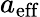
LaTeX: a_{\mathrm{eff}}